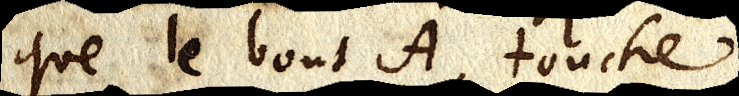
que le bout A touche